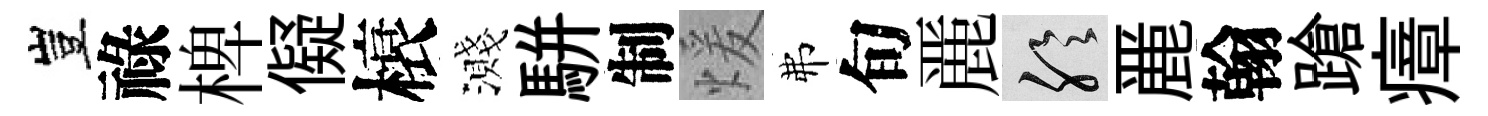
豈祿椑儗榱濺駢制煖弗旬䴡聆䴡翰蹌瘴